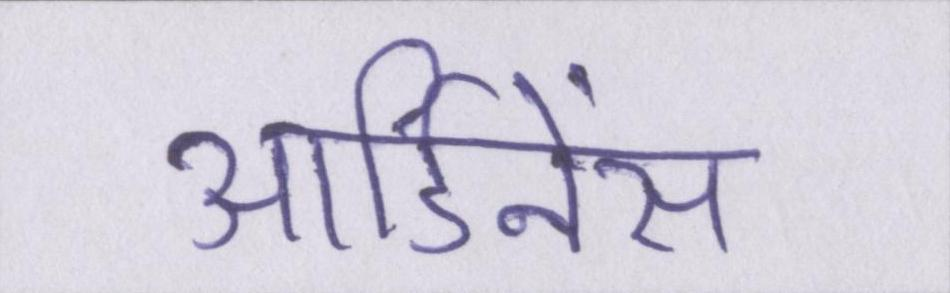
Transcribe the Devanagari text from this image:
आर्डिनेंस